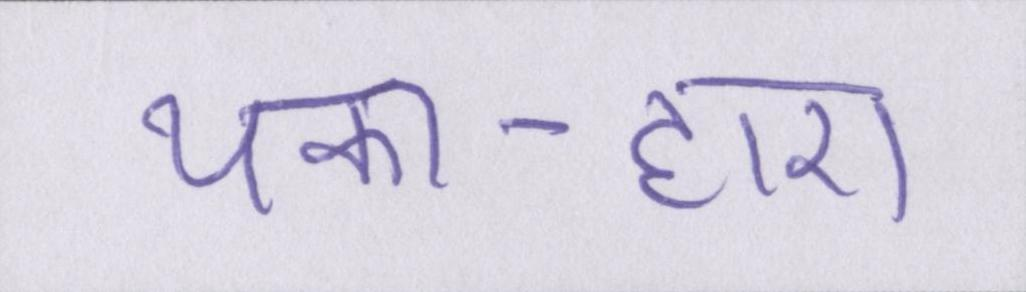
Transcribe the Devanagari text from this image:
थका-हारा